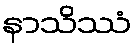
နာသိဿံ